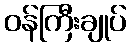
ဝန်ကြီးချုပ်